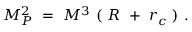
M _ { P } ^ { 2 } ~ = ~ M ^ { 3 } ~ ( ~ R ~ + ~ r _ { c } ~ ) ~ .